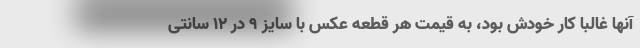
آنها غالباً کار خودش بود، به قیمت هر قطعه عکس با سایز ۹ در ۱۲ سانتی